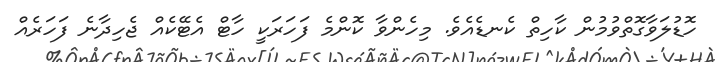
ހޮޑުލަވާގޮތްވުމުން ކާހިތް ކެނޑެއެވެ. މިހެންވާ ކޮންމެ ފަހަރަކީ ހާޓް އެޓޭކެއް ޖެހިދާނެ ފަހަރެއް